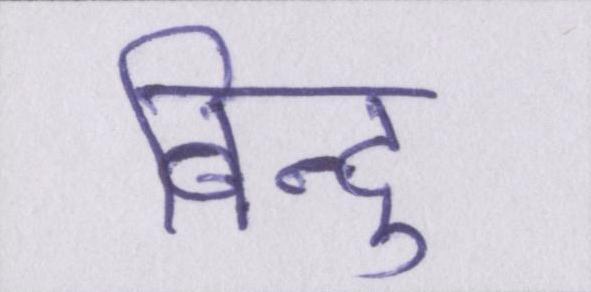
बिन्दु